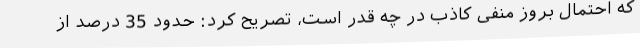
که احتمال بروز منفی کاذب در چه قدر است، تصریح کرد: حدود 35 درصد از